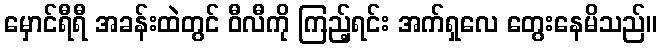
မှောင်ရီရီ အခန်းထဲတွင် ဝီလီကို ကြည့်ရင်း အက်ရှလေ တွေးနေမိသည်။